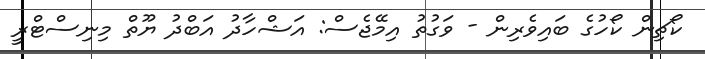
ކޯޗިން ކޯހުގެ ބައިވެރިން - ވަގުތު އިމޭޖެސް: އަޝްހާދު އަބްދު ޔޫތް މިނިސްޓްރީ